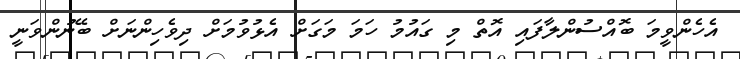
އެހެންވީމަ ބޮއްސުންލާފައި އޮތް މި ގައުމު ހަމަ މަގަށް އެޅުވުމަށް ދިވެހިންނަށް ބޭނުންވަނީ